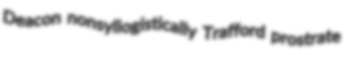
Deacon nonsyllogistically Trafford prostrate